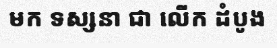
មក ទស្សនា ជា លើក ដំបូង